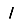
Digit: 1